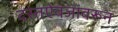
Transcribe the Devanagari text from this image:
दस्तऐवजांवरून